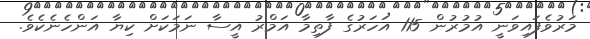
މަރުވެފައިވަނީ އުމުރުން 115 އަހަރުގެ ފާތިމާ އަމްރު އީސާ ނަމަކަށް ކިޔާ އަންހެނެކެވެ.